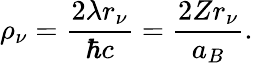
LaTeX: \rho_{\nu}=\frac{2\lambda r_{\nu}}{\hbar c}=\frac{2Zr_{\nu}}{a_{B}}.